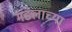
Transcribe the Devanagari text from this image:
मंडलाच्या